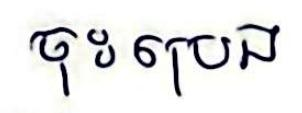
ចុះប្រេង